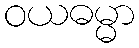
ဝယဓမ္မာ